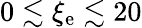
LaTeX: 0\lesssim\xi_{\mathrm{e}}\lesssim20